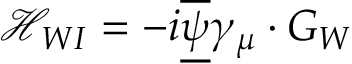
\mathcal { H } _ { W I } = - i \overline { { { \underline { { { \psi } } } } } } \gamma _ { \mu } \cdot G _ { W }